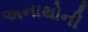
અનાથોની